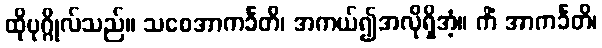
ထိုပုဂ္ဂိုလ်သည်။ သစေအာကင်္ခတိ၊ အကယ်၍အလိုရှိအံ့။ ကိံ အာကင်္ခတိ၊